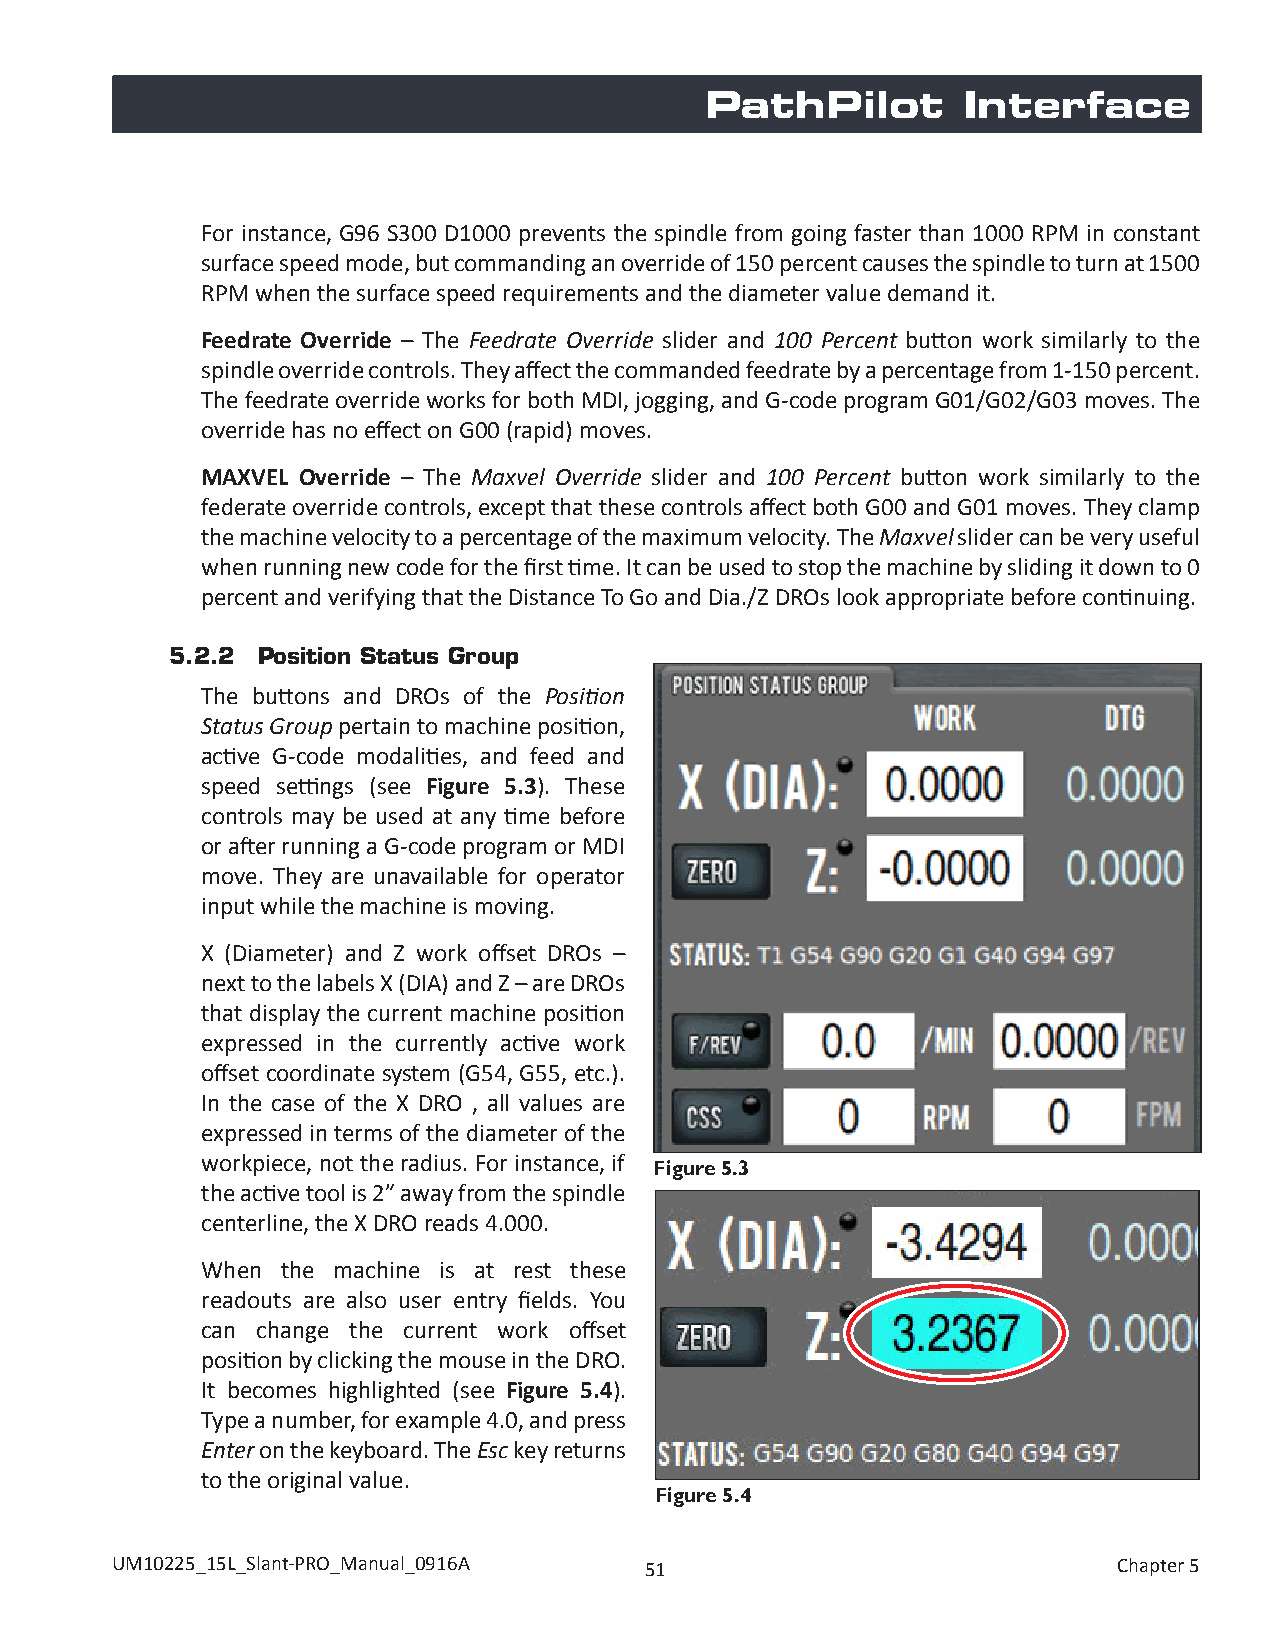
PathPilot        Interface
 For instance, G96 S300 D1000 prevents the spindle from going faster than 1000 RPM in constant
 surface speed mode, but commanding an override of 150 percent causes the spindle to turn at 1500
 RPM when the surface speed requirements and the diameter value demand it.
 Feedrate Override – The Feedrate Override slider and 100 Percent button work similarly to the
 spindle override controls. They affect the commanded feedrate by a percentage from 1-150 percent.
 The feedrate override works for both MDI, jogging, and G-code program G01/G02/G03 moves. The
 override has no effect on G00 (rapid) moves.
 MAXVEL Override – The Maxvel Override slider and 100 Percent button work similarly to the
 federate override controls, except that these controls affect both G00 and G01 moves. They clamp
 the machine velocity to a percentage of the maximum velocity. The Maxvel slider can be very useful
 when running new code for the first time. It can be used to stop the machine by sliding it down to 0
 percent and verifying that the Distance To Go and Dia./Z DROs look appropriate before continuing.
 5.2.2 Position Status Group
 The buttons and DROs of the Position
 Status Group pertain to machine position,
 active G-code modalities, and feed and
 speed settings (see Figure 5.3). These
 controls may be used at any time before
 or after running a G-code program or MDI
 move. They are unavailable for operator
 input while the machine is moving.
 X (Diameter) and Z work offset DROs –
 next to the labels X (DIA) and Z – are DROs
 that display the current machine position
 expressed in the currently active work
 offset coordinate system (G54, G55, etc.).
 In the case of the X DRO , all values are
 expressed in terms of the diameter of the
 workpiece, not the radius. For instance, if
 Figure 5.3
 the active tool is 2” away from the spindle
 centerline, the X DRO reads 4.000.
 When  the machine is at rest these
 readouts are also user entry fields. You
 can change the current work offset
 position by clicking the mouse in the DRO.
 It becomes highlighted (see Figure 5.4).
 Type a number, for example 4.0, and press
 Enter on the keyboard. The Esc key returns
 to the original value.
 Figure 5.4
 UM10225_15L_Slant-PRO_Manual_0916A  51                             Chapter 5